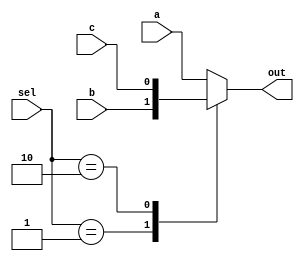
module mux_3_1(input a,b,c, input [1:0]sel, output reg out);

always @(*)
begin
case(sel)

2'b00:out=a;
2'b01:out=b;
2'b10:out=c;
default:out=a;


endcase
end
endmodule